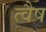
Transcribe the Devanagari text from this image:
त्वैष